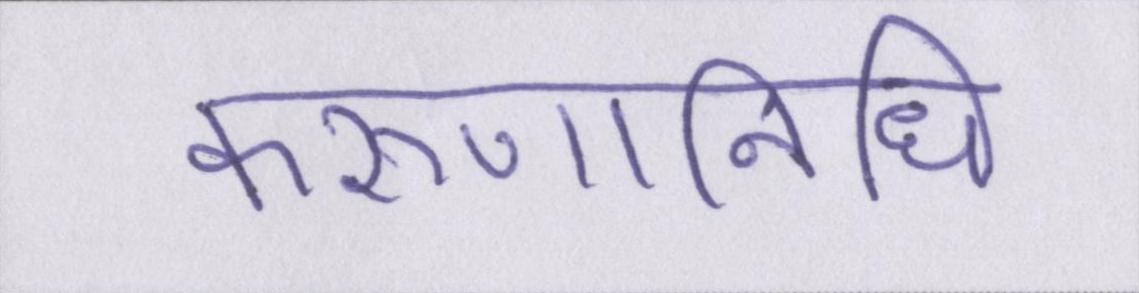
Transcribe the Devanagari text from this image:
करुणानिधि